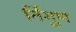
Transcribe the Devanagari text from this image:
र्निगुण